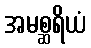
အမစ္ဆရိယံ